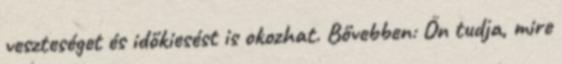
veszteséget és időkiesést is okozhat. Bővebben: Ön tudja, mire